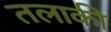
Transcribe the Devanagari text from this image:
तलाकी